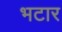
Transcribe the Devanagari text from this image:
भटार